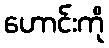
ဟောင်းကို